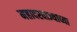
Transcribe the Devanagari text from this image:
महादरवाज्याच्या